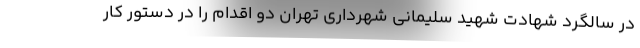
در سالگرد شهادت شهید سلیمانی شهرداری تهران دو اقدام را در دستور کار